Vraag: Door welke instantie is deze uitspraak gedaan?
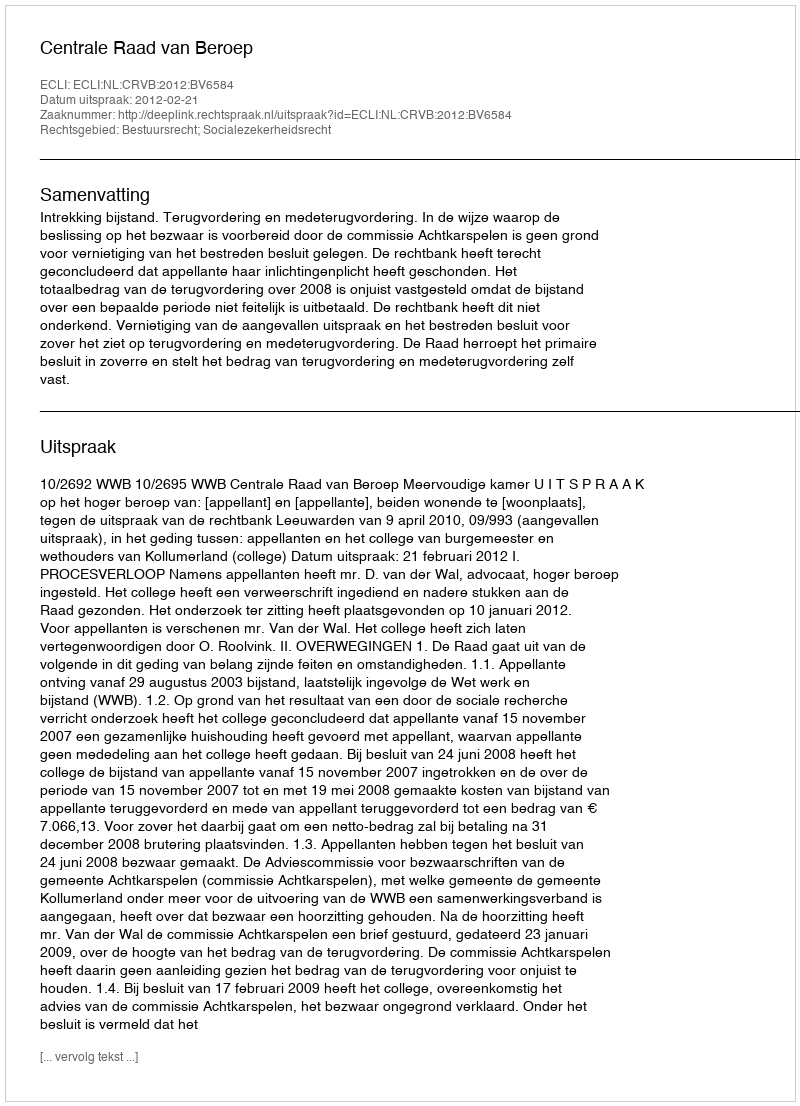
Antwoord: Centrale Raad van Beroep